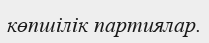
көпшілік партиялар.